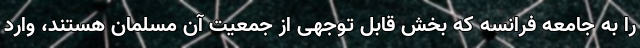
را به جامعه فرانسه که بخش قابل توجهی از جمعیت آن مسلمان هستند، وارد